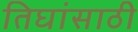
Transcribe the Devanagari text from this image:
तिघांसाठी